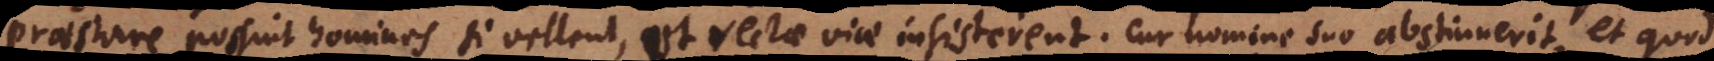
praestare possint homines si vellent,et rectae viae insisterent. Cur nomine suo abstinuerit, et quod